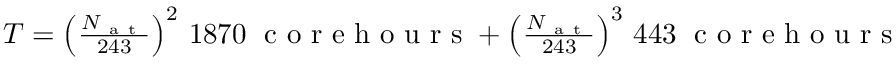
\begin{array} { r } { T = \left( \frac { N _ { \mathrm { ~ a ~ t ~ } } } { 2 4 3 } \right) ^ { 2 } \, 1 8 7 0 \; \mathrm { ~ c ~ o ~ r ~ e ~ h ~ o ~ u ~ r ~ s ~ } + \left( \frac { N _ { \mathrm { ~ a ~ t ~ } } } { 2 4 3 } \right) ^ { 3 } \, 4 4 3 \; \mathrm { ~ c ~ o ~ r ~ e ~ h ~ o ~ u ~ r ~ s ~ } } \end{array}